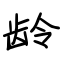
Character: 龄